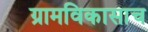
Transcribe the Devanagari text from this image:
ग्रामविकासाच